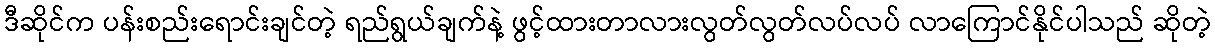
ဒီဆိုင်က ပန်းစည်းရောင်းချင်တဲ့ ရည်ရွယ်ချက်နဲ့ ဖွင့်ထားတာလားလွတ်လွတ်လပ်လပ် လာကြောင်နိုင်ပါသည် ဆိုတဲ့